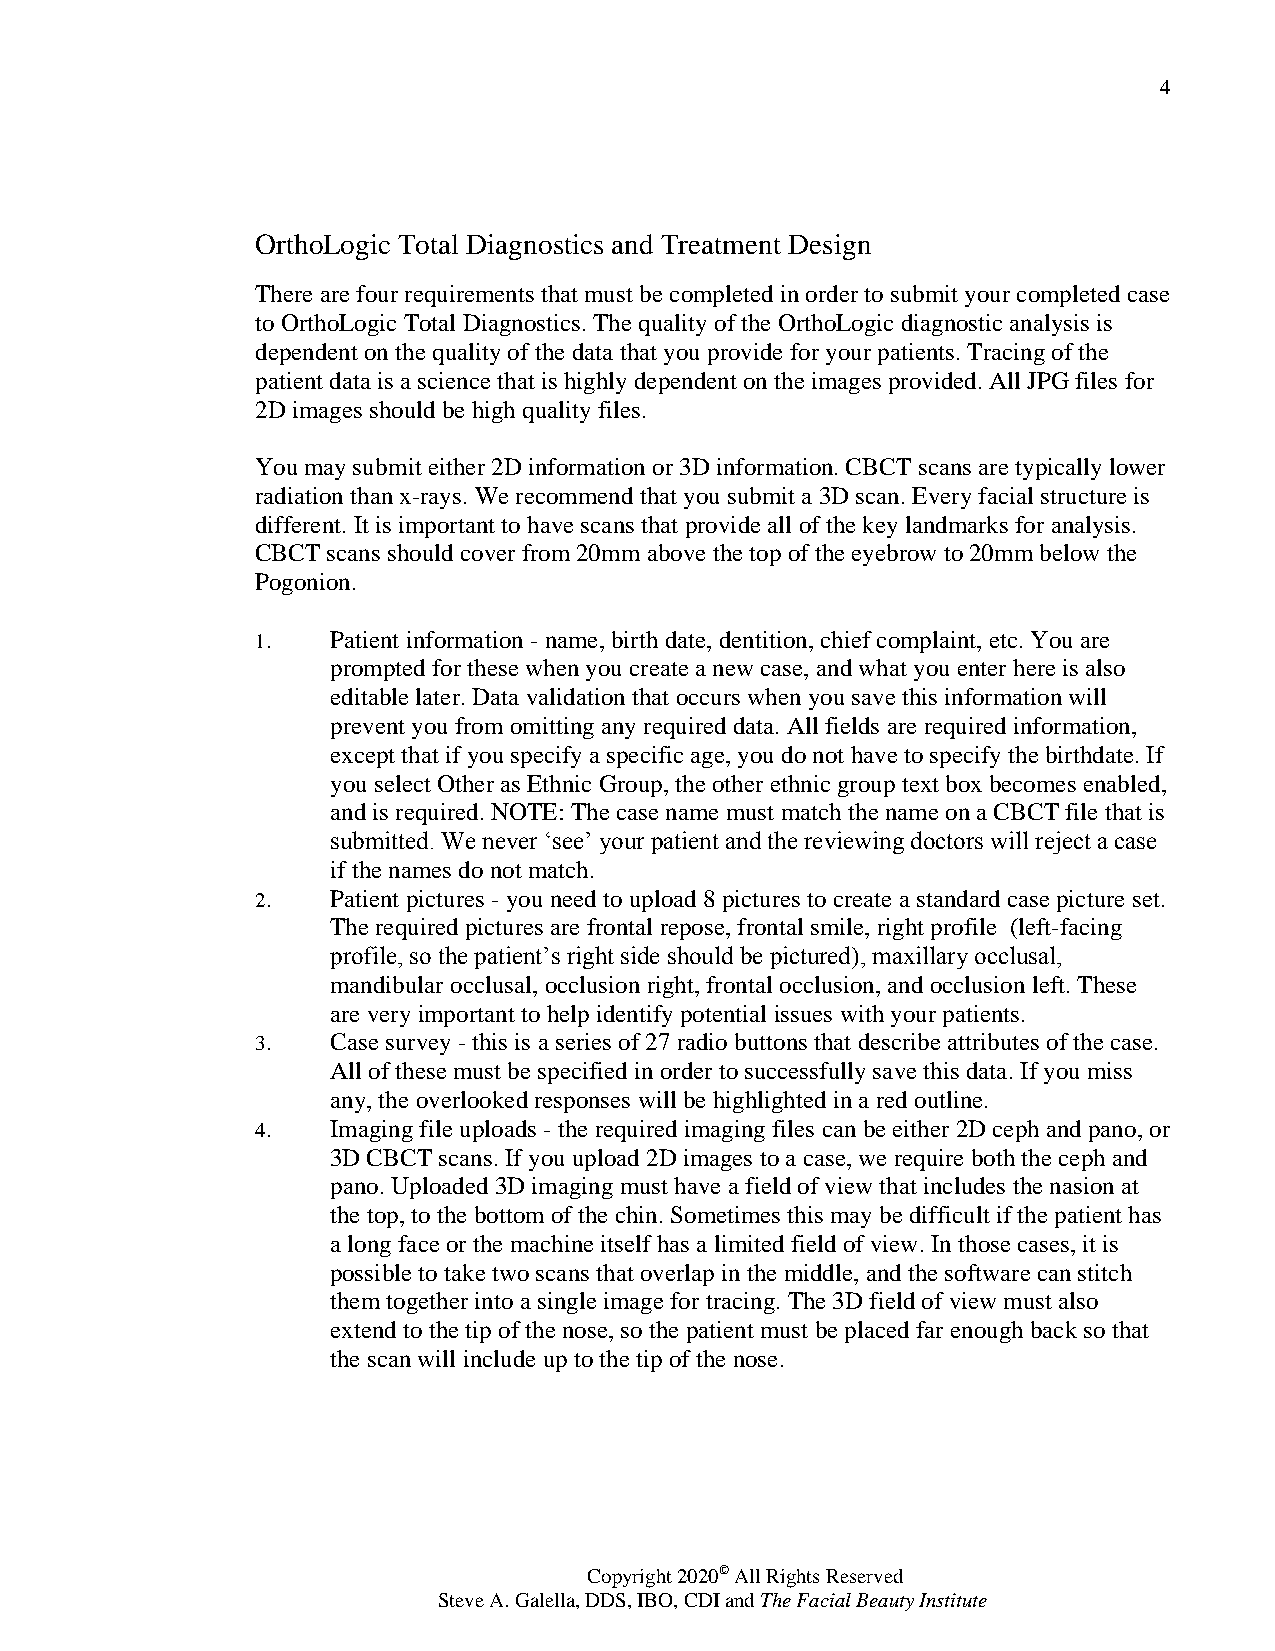
4
 OrthoLogic Total Diagnostics and Treatment Design
 There are four requirements that must be completed in order to submit your completed case
 to OrthoLogic Total Diagnostics. The quality of the OrthoLogic diagnostic analysis is
 dependent on the quality of the data that you provide for your patients. Tracing of the
 patient data is a science that is highly dependent on the images provided. All JPG files for
 2D images should be high quality files.
 You may submit either 2D information or 3D information. CBCT scans are typically lower
 radiation than x-rays. We recommend that you submit a 3D scan. Every facial structure is
 different. It is important to have scans that provide all of the key landmarks for analysis.
 CBCT scans should cover from 20mm above the top of the eyebrow to 20mm below the
 Pogonion.
 1.   Patient information - name, birth date, dentition, chief complaint, etc. You are
 prompted for these when you create a new case, and what you enter here is also
 editable later. Data validation that occurs when you save this information will
 prevent you from omitting any required data. All fields are required information,
 except that if you specify a specific age, you do not have to specify the birthdate. If
 you select Other as Ethnic Group, the other ethnic group text box becomes enabled,
 and is required. NOTE: The case name must match the name on a CBCT file that is
 submitted. We never ‘see’ your patient and the reviewing doctors will reject a case
 if the names do not match.
 2.   Patient pictures - you need to upload 8 pictures to create a standard case picture set.
 The required pictures are frontal repose, frontal smile, right profile (left-facing
 profile, so the patient’s right side should be pictured), maxillary occlusal,
 mandibular occlusal, occlusion right, frontal occlusion, and occlusion left. These
 are very important to help identify potential issues with your patients.
 3.   Case survey - this is a series of 27 radio buttons that describe attributes of the case.
 All of these must be specified in order to successfully save this data. If you miss
 any, the overlooked responses will be highlighted in a red outline.
 4.   Imaging file uploads - the required imaging files can be either 2D ceph and pano, or
 3D CBCT scans. If you upload 2D images to a case, we require both the ceph and
 pano. Uploaded 3D imaging must have a field of view that includes the nasion at
 the top, to the bottom of the chin. Sometimes this may be difficult if the patient has
 a long face or the machine itself has a limited field of view. In those cases, it is
 possible to take two scans that overlap in the middle, and the software can stitch
 them together into a single image for tracing. The 3D field of view must also
 extend to the tip of the nose, so the patient must be placed far enough back so that
 the scan will include up to the tip of the nose.
 Copyright 2020© All Rights Reserved
 Steve A. Galella, DDS, IBO, CDI and The Facial Beauty Institute